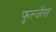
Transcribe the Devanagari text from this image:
फुल्जेंस